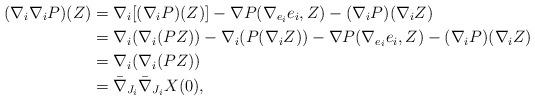
LaTeX: \begin{align*}(\nabla_i \nabla_i P) (Z) &= \nabla_i [(\nabla_i P)(Z)] - \nabla P (\nabla_{e_i}e_i, Z) - (\nabla_i P)(\nabla_i Z) \\&= \nabla_i (\nabla_i (PZ)) - \nabla_i (P (\nabla_i Z))- \nabla P (\nabla_{e_i}e_i, Z) - (\nabla_i P)(\nabla_i Z) \\&= \nabla_i (\nabla_i (PZ))\\&= \bar\nabla_{J_i} \bar\nabla_{J_i} X (0),\end{align*}